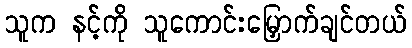
သူက နင့်ကို သူကောင်းမြှောက်ချင်တယ်